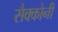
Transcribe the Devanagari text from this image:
सैक्कोनी